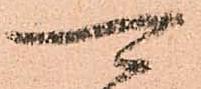
可